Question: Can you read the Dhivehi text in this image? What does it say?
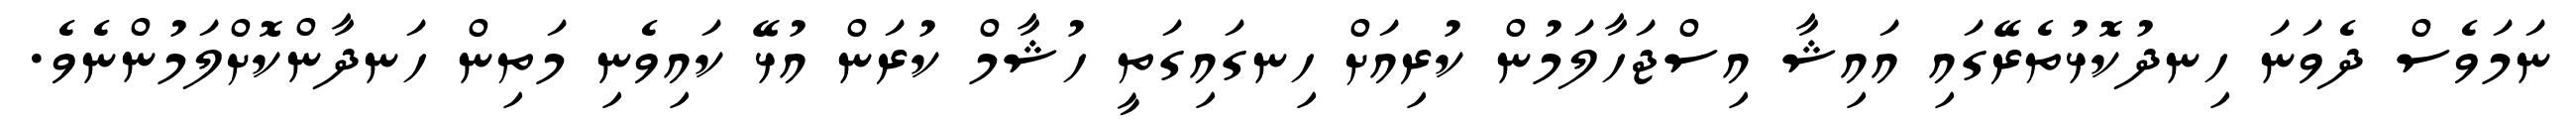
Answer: ނަމަވެސް ދެވަނަ ހިނދުކޮޅުތެރޭގައި އައިޝާ އިސްޖަހާލަމުން ކުރިއަށް ހިނގައިގަތީ ހުޝާމް ކުރަން އުޅޭ ކައިވެނި މަތިން ހަނދާންކޮށްލަމުންނެވެ.